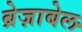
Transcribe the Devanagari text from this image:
ब्रेज़ाबेल